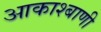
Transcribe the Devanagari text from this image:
आकाश्बाणी